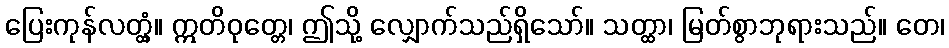
ပြေးကုန်လတ္တံ့။ ဣတိဝုတ္တေ၊ ဤသို့ လျှောက်သည်ရှိသော်။ သတ္ထာ၊ မြတ်စွာဘုရားသည်။ တေ၊